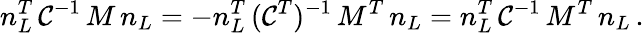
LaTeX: n_{L}^{T}\, \mathcal{C}^{-1}\, M\, n_{L}=-n_{L}^{T}\, (\mathcal{C}^{T})^{-1}\, M^{T}\, n_{L}=n_{L}^{T}\, \mathcal{C}^{-1}\, M^{T}\, n_{L}\, .